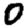
Digit: 0